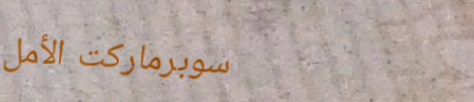
سوبرماركت الأمل